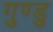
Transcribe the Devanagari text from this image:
गुण्डु